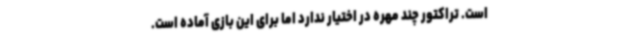
است. تراکتور چند مهره در اختیار ندارد اما برای این بازی آماده است.